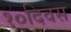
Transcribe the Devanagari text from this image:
१०दिवस